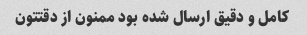
کامل و دقیق ارسال شده بود ممنون از دقتتون